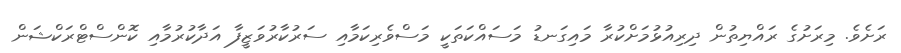
ރަށެވެ. މިރަށުގެ ރައްޔިތުން ދިރިއުޅުމަށްކުރާ މައިގަނޑު މަސައްކަތަކީ މަސްވެރިކަމާއި ސަރުކާރުވަޒީފާ އަދާކުރުމާއި ކޮންސްޓްރަކްޝަން